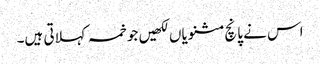
اس نے پانچ مثنویاں لکھیں جو خمسہ کہلاتی ہیں۔